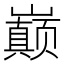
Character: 巅